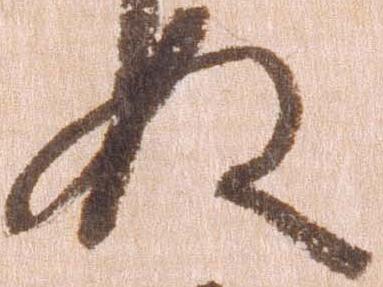
ぬ